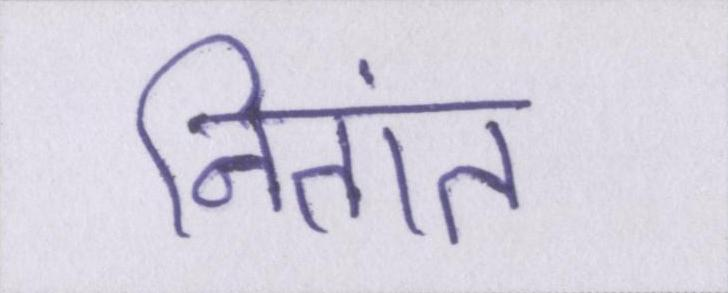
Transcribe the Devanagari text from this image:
नितांत